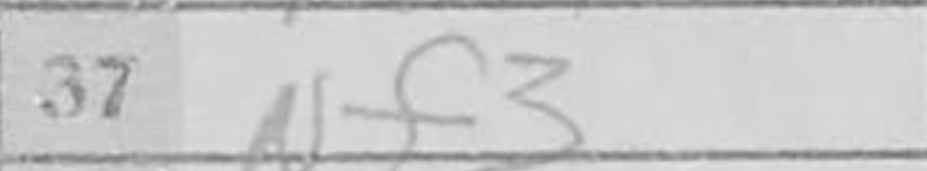
Transcription: Nf3